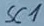
Text: SC1